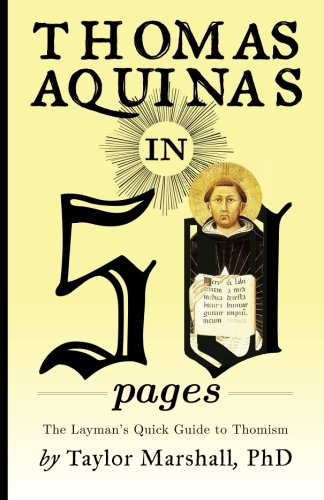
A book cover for Thomas Aquinas in 50 Pages: A Layman's Quick Guide to Thomism; Taylor Marshall; Politics & Social Sciences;